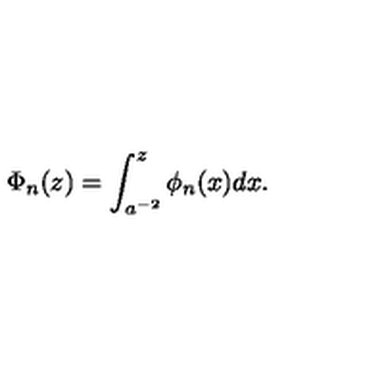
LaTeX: \Phi _ { n } ( z ) = \int _ { a ^ { - 2 } } ^ { z } \phi _ { n } ( x ) d x .